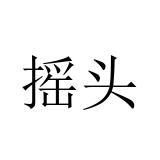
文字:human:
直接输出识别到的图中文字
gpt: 摇头